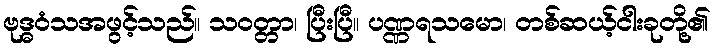
ဗုဒ္ဓဝံသအဖွင့်သည်။ သဝတ္တာ၊ ပြီးပြီ။ ပဏ္ဏရသမော၊ တစ်ဆယ့်ငါးခုတို့၏